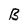
Character: B